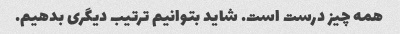
همه چیز درست است. شاید بتوانیم ترتیب دیگری بدهیم.